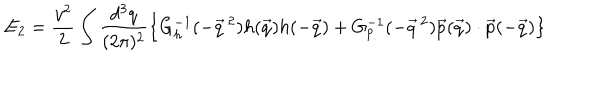
E _ { 2 } = \frac { v ^ { 2 } } { 2 } \int \frac { d ^ { 3 } q } { ( 2 \pi ) ^ { 2 } } \left\{ G _ { h } ^ { - 1 } ( - \vec { q } \, ^ { 2 } ) h ( \vec { q } ) h ( - \vec { q } ) + G _ { p } ^ { - 1 } ( - \vec { q } \, ^ { 2 } ) \vec { p } ( \vec { q } ) \cdot \vec { p } ( - \vec { q } ) \right\}